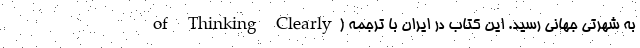
of Thinking Clearly) به شهرتی جهانی رسید. این کتاب در ایران با ترجمهٔ